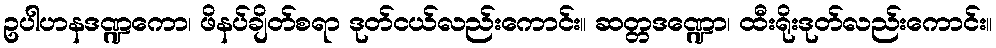
ဥပါဟနဒဏ္ဍကော၊ ဖိနပ်ချိတ်စရာ ဒုတ်ငယ်လည်းကောင်း။ ဆတ္တဒဏ္ဍော၊ ထီးရိုးဒုတ်လည်းကောင်း။